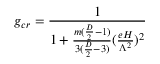
g _ { c r } = \frac { 1 } { 1 + \frac { m ( \frac { D } { 2 } - 1 ) } { 3 ( \frac { D } { 2 } - 3 ) } ( \frac { e H } { \Lambda ^ { 2 } } ) ^ { 2 } }